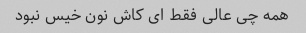
همه چی عالی فقط ای کاش نون خیس نبود